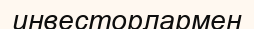
инвесторлармен